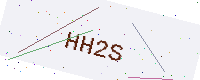
Text: HH2S